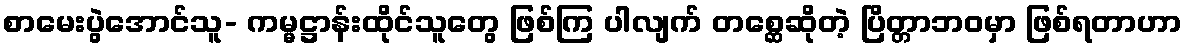
စာမေးပွဲအောင်သူ- ကမ္မဋ္ဌာန်းထိုင်သူတွေ ဖြစ်ကြ ပါလျက် တစ္ဆေဆိုတဲ့ ပြိတ္တာဘဝမှာ ဖြစ်ရတာဟာ